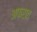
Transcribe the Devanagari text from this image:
अफरात